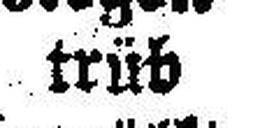
trüb